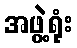
အဖွဲ့ရုံး